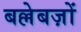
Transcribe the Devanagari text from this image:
बल्लेबज़ों